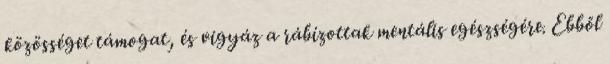
közösséget támogat, és vigyáz a rábízottak mentális egészségére. Ebből